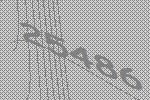
25486